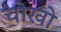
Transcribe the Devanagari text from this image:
चोखो